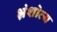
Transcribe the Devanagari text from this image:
भ्रंशोत्य